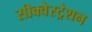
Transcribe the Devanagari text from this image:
सीक्वेस्ट्रेशन